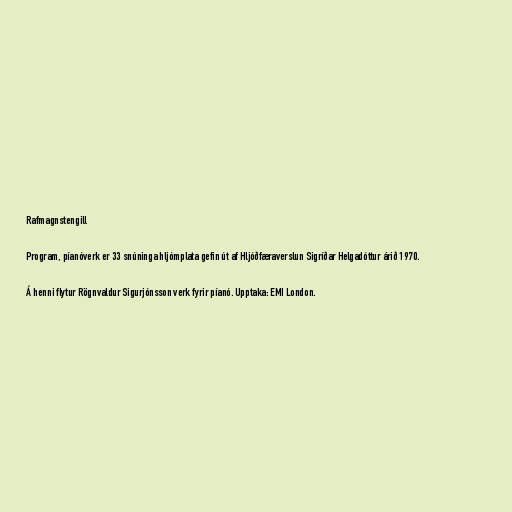
Rafmagnstengill

Program, píanóverk er 33 snúninga hljómplata gefin út af Hljóðfæraverslun Sigríðar Helgadóttur árið 1970.

Á henni flytur Rögnvaldur Sigurjónsson verk fyrir píanó. Upptaka: EMI London.